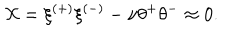
{ \cal X } = \xi ^ { ( + ) } \xi ^ { ( - ) } - \nu \theta ^ { + } \theta ^ { - } \approx 0 .